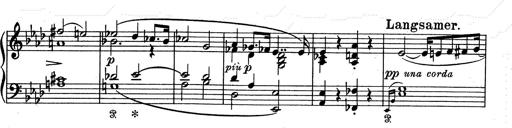
Title: Aus Lohengrin
Composer: Franz Liszt